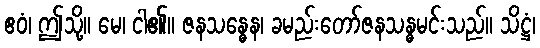
ဧဝံ၊ ဤသို့။ မေ၊ ငါ၏။ ဇနသန္ဓေန၊ ခမည်းတော်ဇနသန္ဓမင်းသည်။ သိဋ္ဌံ၊